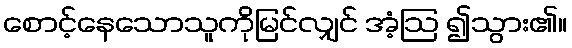
စောင့်နေသောသူကိုမြင်လျှင် အံ့ဩ ၍သွား၏။